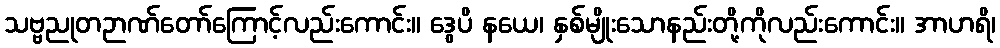
သဗ္ဗညုတဉာဏ်တော်ကြောင့်လည်းကောင်း။ ဒွေပိ နယေ၊ နှစ်မျိုးသောနည်းတို့ကိုလည်းကောင်း။ အာဟရိ၊